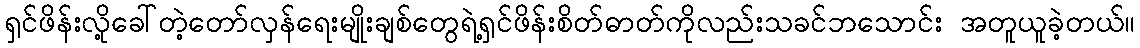
ရှင်ဖိန်းလို့ခေါ်တဲ့တော်လှန်ရေးမျိုးချစ်တွေရဲ့ရှင်ဖိန်းစိတ်ဓာတ်ကိုလည်းသခင်ဘသောင်း အတူယူခဲ့တယ်။